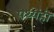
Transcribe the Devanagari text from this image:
पथ्येही